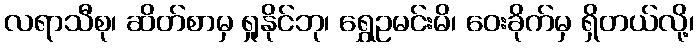
လရာသီစု၊ ဆိတ်စာမှ ရှုနိုင်ဘု၊ ရွှေဥမင်းမိ၊ ဝေးခိုက်မှ ရှိတယ်လို့၊